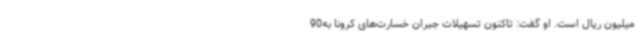
میلیون ریال است. او گفت: تاکنون تسهیلات جبران خسارت‌های کرونا به90